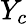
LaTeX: Y_{c}